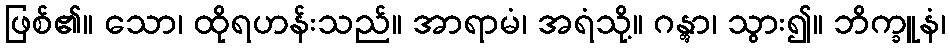
ဖြစ်၏။ သော၊ ထိုရဟန်းသည်။ အာရာမံ၊ အရံသို့။ ဂန္တွာ၊ သွား၍။ ဘိက္ခူနံ၊